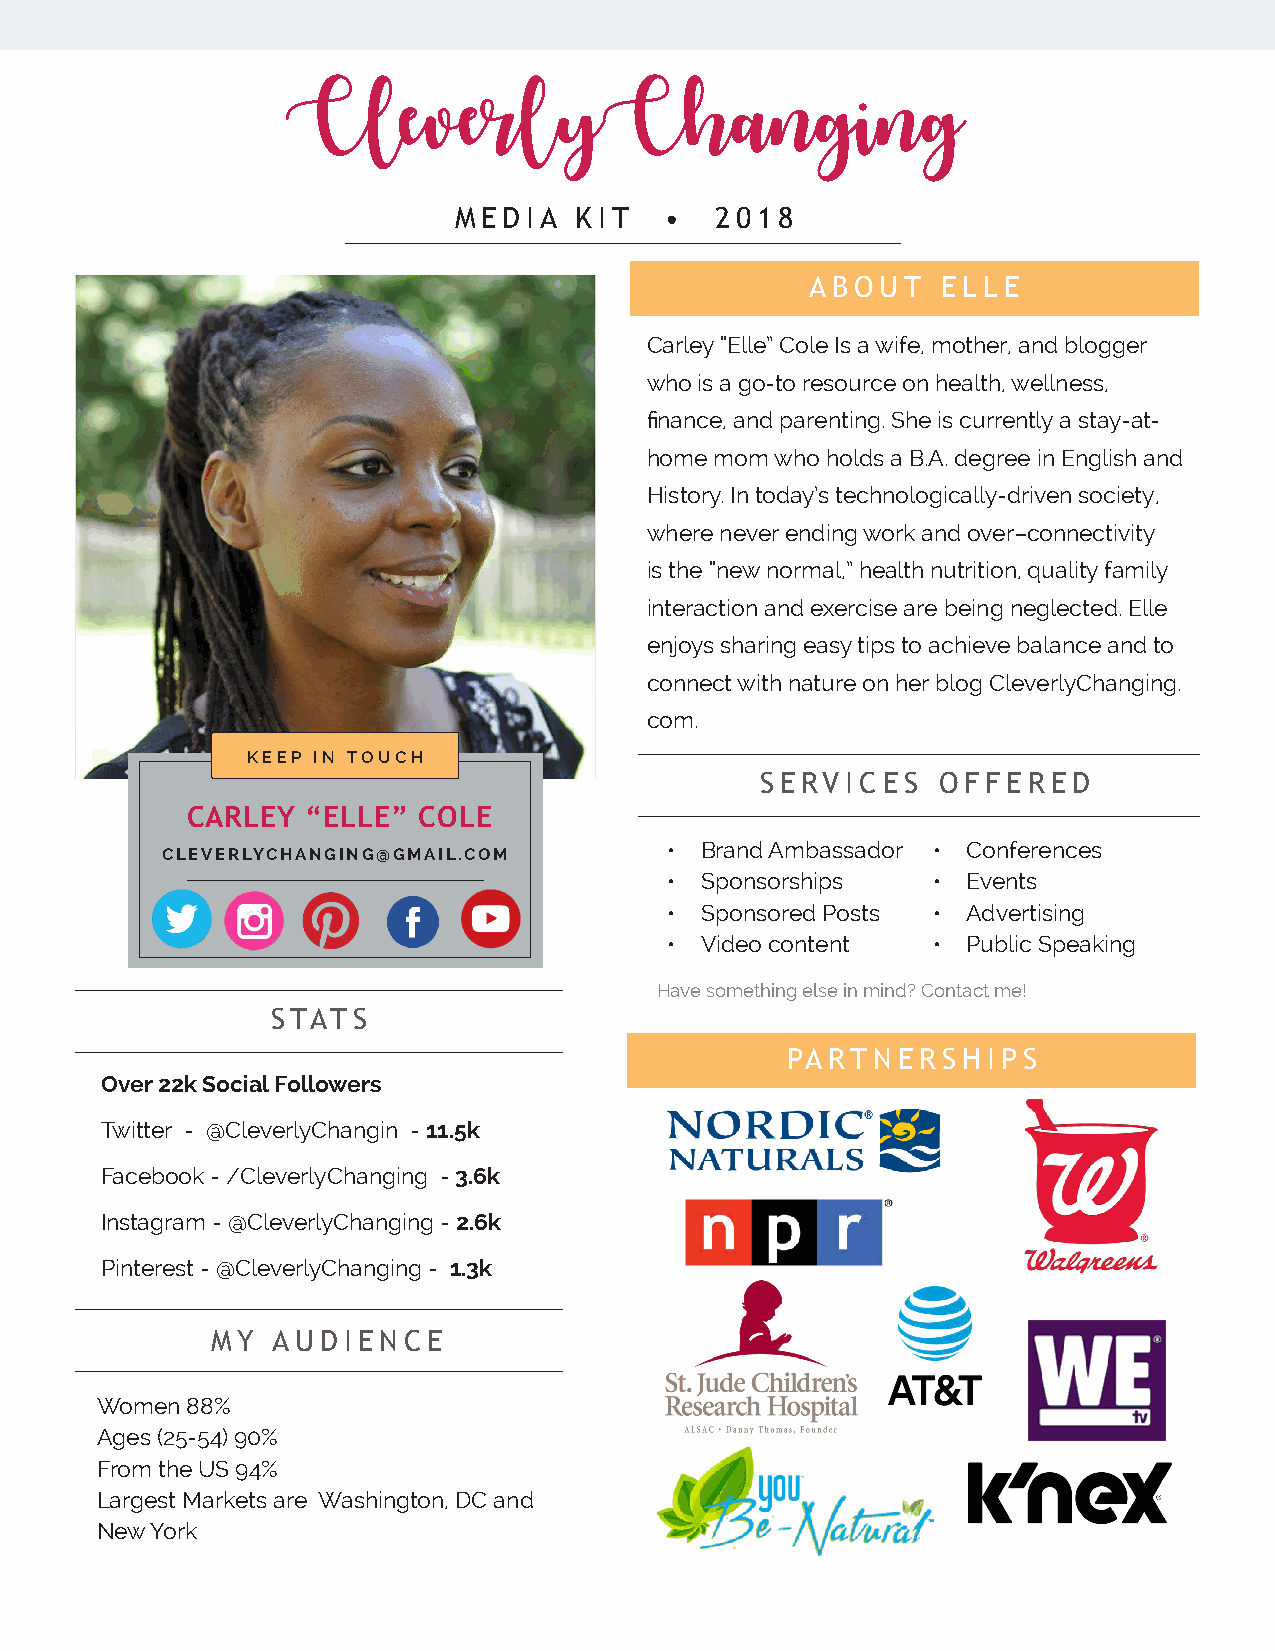
CleverlyChanging
 MEDIA   KIT   •  2018
 ABOUT   ELLE
 Carley “Elle” Cole Is a wife, mother, and blogger
 who is a go-to resource on health, wellness,
 finance, and parenting. She is currently a stay-at-
 home mom who holds a B.A. degree in English and
 History. In today’s technologically-driven society,
 where never ending work and over–connectivity
 is the “new normal,” health nutrition, quality family
 interaction and exercise are being neglected. Elle
 enjoys sharing easy tips to achieve balance and to
 connect with nature on her blog CleverlyChanging.
 com.
 KEEP IN TOUCH
 SERVICES    OFFERED
 CARLEY  “ELLE”  COLE
 • Brand Ambassador • Conferences
 CLEVERLYCHANGING@GMAIL.COM
 • Sponsorships    • Events
 • Sponsored Posts • Advertising
 • Video content   • Public Speaking
 Have something else in mind? Contact me!
 STATS
 PARTNERSHIPS
 Over 22k Social Followers
 Twitter - @CleverlyChangin - 11.5k
 Facebook - /CleverlyChanging - 3.6k
 Instagram - @CleverlyChanging - 2.6k
 Pinterest - @CleverlyChanging - 1.3k
 MY  AUDIENCE
 Women 88%
 Ages (25-54) 90%
 From the US 94%
 Largest Markets are Washington, DC and
 New York